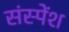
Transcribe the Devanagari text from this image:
संस्‍पेंश